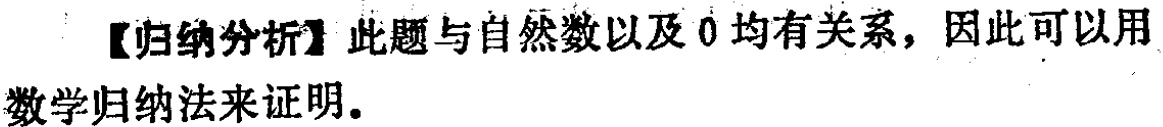
【归纳分析】此题与自然数以及 0 均有关系，因此可以用数学归纳法来证明。